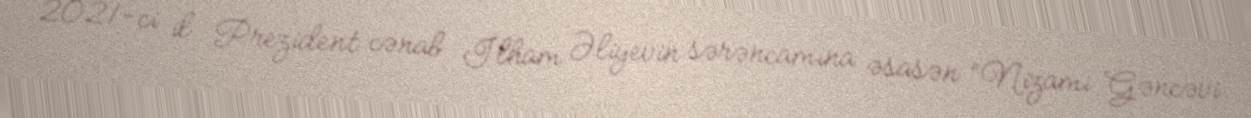
2021-ci il Prezident cənab İlham Əliyevin sərəncamına əsasən “Nizami Gəncəvi